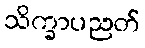
သိက္ခာပညတ်